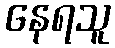
နေရသူ